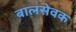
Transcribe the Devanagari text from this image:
बालसेवक